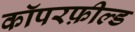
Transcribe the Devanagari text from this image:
कॉपरफ़ील्ड